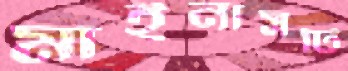
মাইনাসটি